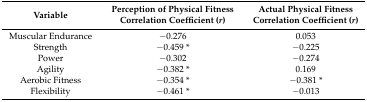
<table><thead><tr><td><b>Variable</b></td><td><b>Perception of Physical Fitness Correlation Coefficient (<i>r</i>)</b></td><td><b>Actual Physical Fitness Correlation Coefficient (<i>r</i>)</b></td></tr></thead><tbody><tr><td>Muscular Endurance</td><td>−0.276</td><td>0.053</td></tr><tr><td>Strength</td><td>−0.459 *</td><td>−0.225</td></tr><tr><td>Power</td><td>−0.302</td><td>−0.274</td></tr><tr><td>Agility</td><td>−0.382 *</td><td>0.169</td></tr><tr><td>Aerobic Fitness</td><td>−0.354 *</td><td>−0.381 *</td></tr><tr><td>Flexibility</td><td>−0.461 *</td><td>−0.013</td></tr></tbody></table>